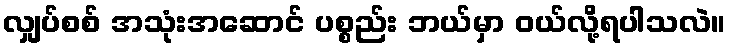
လျှပ်စစ် အသုံးအဆောင် ပစ္စည်း ဘယ်မှာ ဝယ်လို့ရပါသလဲ။